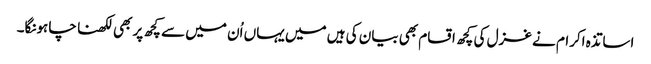
اساتذہ اکرام نے غزل کی کچھ اقسام بھی بیان کی ہیں میں یہاں اُن میں سے کچھ پر بھی لکھنا چاہونگا۔